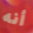
أنه